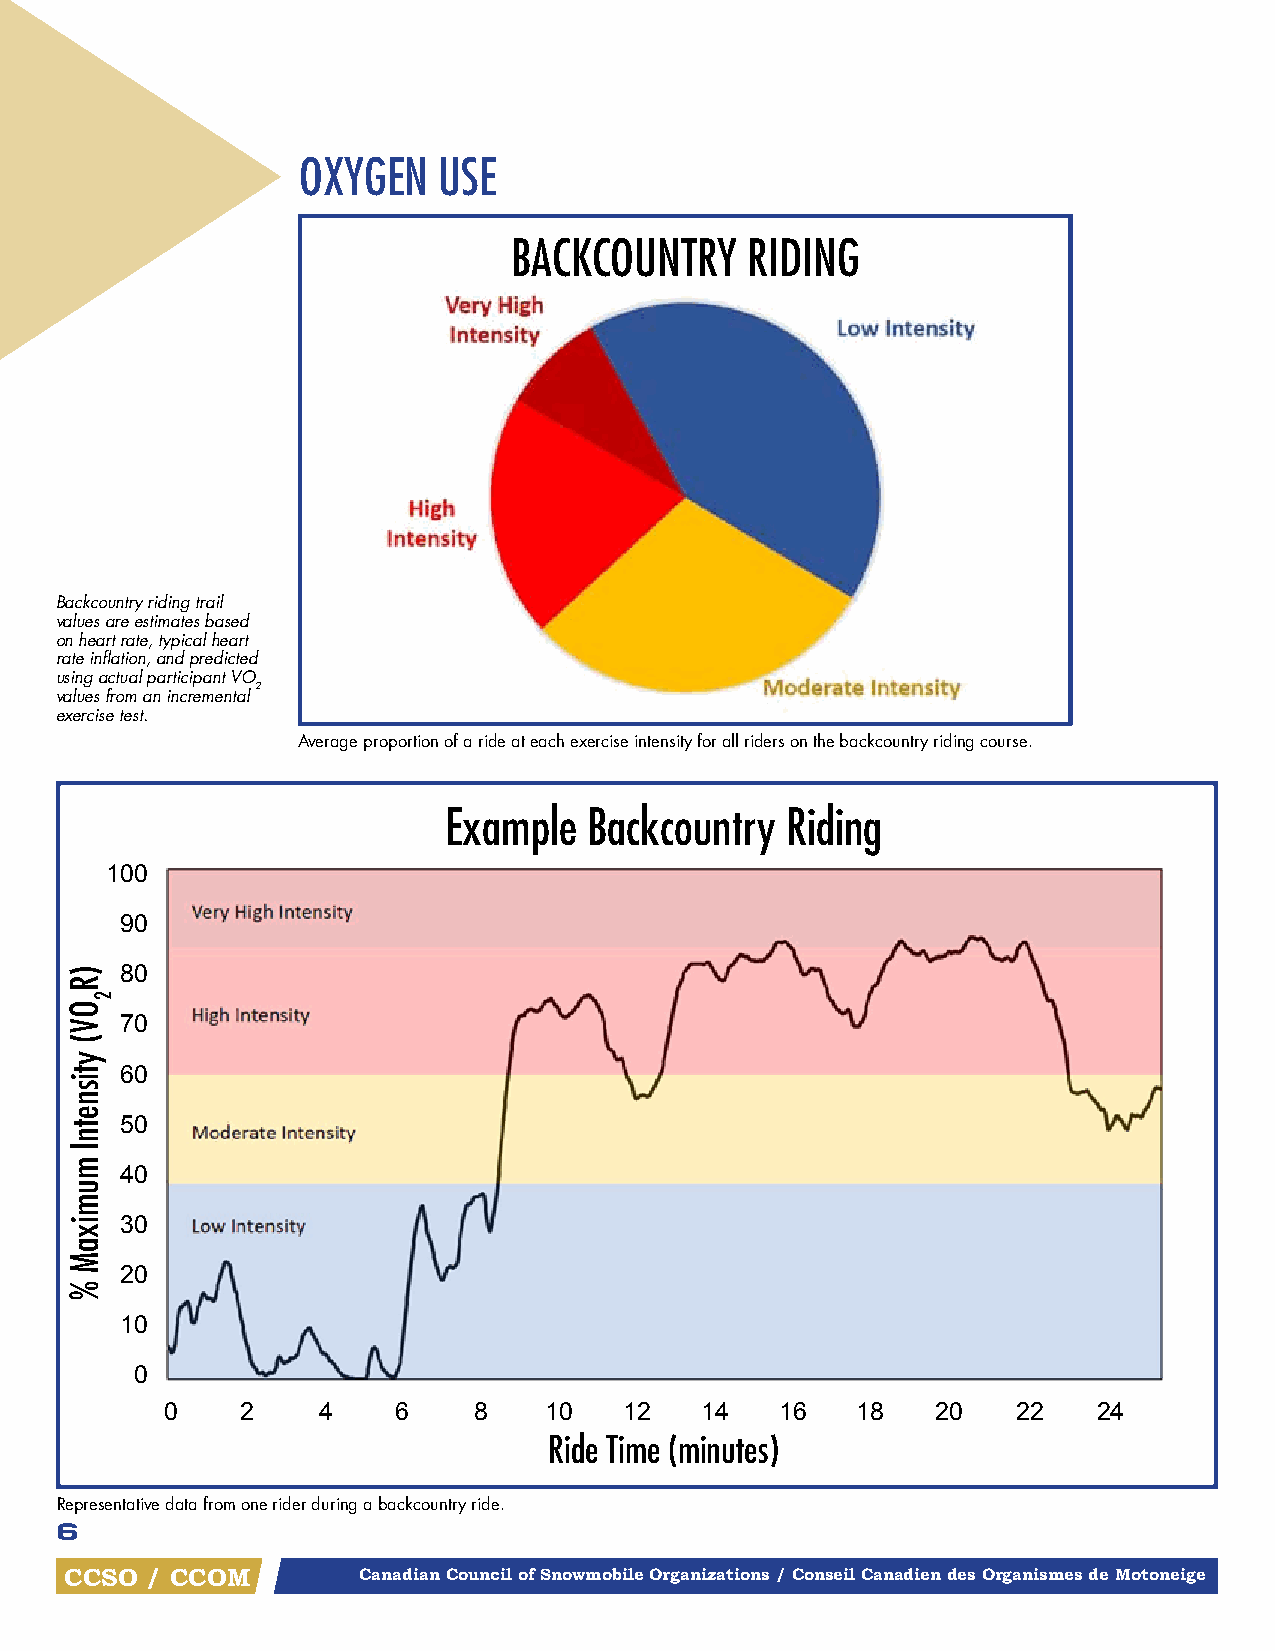
OXYGEN   USE
 BACKCOUNTRY    RIDING
 Backcountry riding trail
 values are estimates based
 on heart rate, typical heart
 rate inflation, and predicted
 using actual participant VO
 2
 values from an incremental
 exercise test.
 Average proportion of a ride at each exercise intensity for all riders on the backcountry riding course.
 Example   Backcountry  Riding
 100
 90
 80
 70
 60
 50
 40
 30
 20
 10
 0
 0    2    4    6    8    10   12   14    16   18   20   22    24
 Ride Time (minutes)
 Representative data from one rider during a backcountry ride.
 6
 CCSO  / CCOM        Canadian Council of Snowmobile Organizations / Conseil Canadien des Organismes de Motoneige
 )R
 OV(
 ytisnetnI
 mumixaM
 %
 2